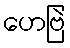
ဟေဗြဲ